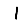
Digit: 1